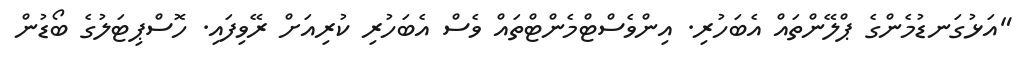
"އަޅުގަނޑުމެންގެ ޕްލޭންތައް އެބަހުރި. އިންވެސްޓްމެންޓްތައް ވެސް އެބަހުރި ކުރިއަށް ރޭވިފައި. ހޮސްޕިޓަލުގެ ބޯޑުން